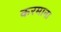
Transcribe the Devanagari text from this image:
करमाना